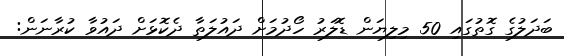
ބަދަލުގެ ގޮތުގައި 50 މިލިޔަން ޑޮލަރު ހޯދުމަށް ދައުލަތާ ދެކޮޅަށް ދައުވާ ކުރާނަން: